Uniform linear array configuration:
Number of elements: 24
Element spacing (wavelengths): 0.25
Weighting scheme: exponential
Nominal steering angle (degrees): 30
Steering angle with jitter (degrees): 31.121
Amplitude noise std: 0.05
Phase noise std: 0.05

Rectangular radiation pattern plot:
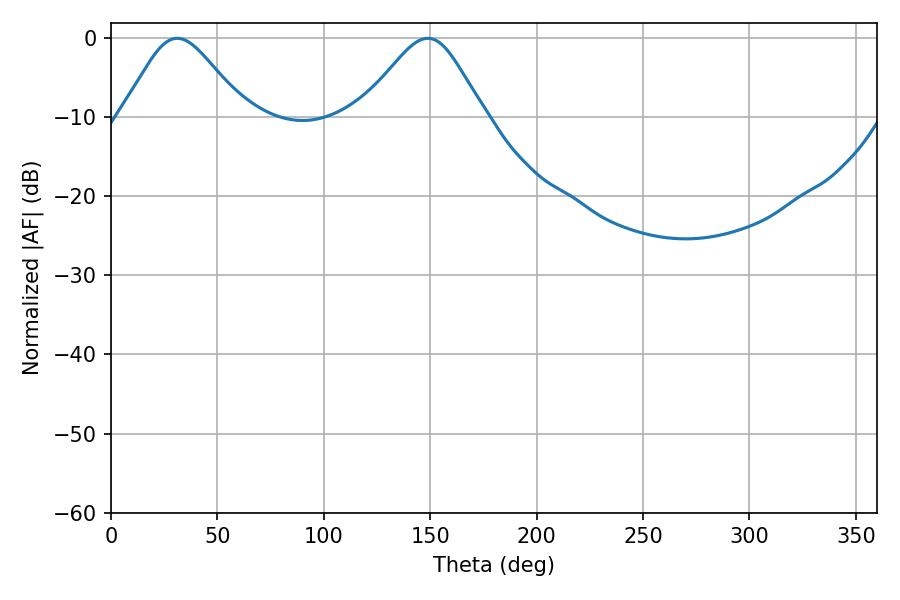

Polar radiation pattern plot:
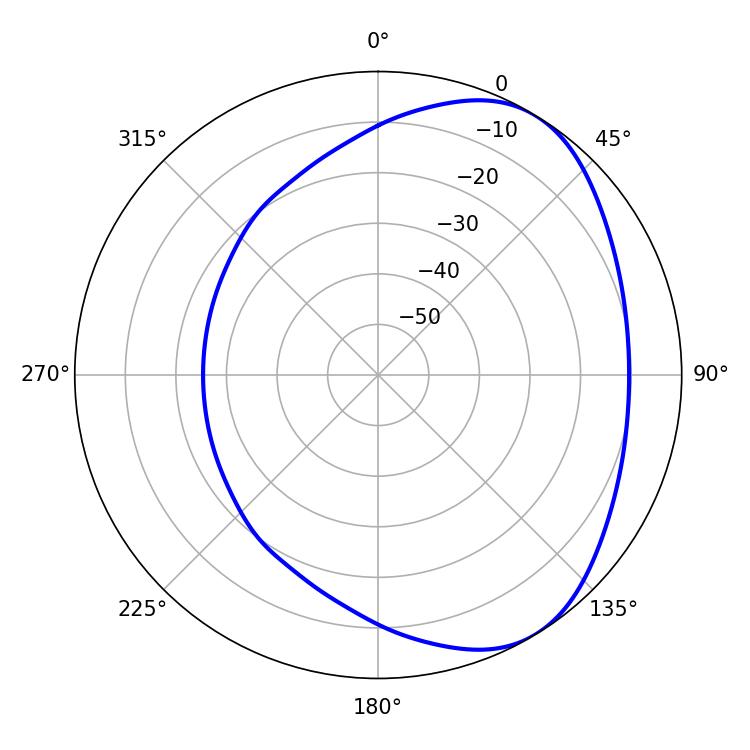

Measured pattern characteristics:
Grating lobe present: FALSE
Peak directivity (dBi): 4.72
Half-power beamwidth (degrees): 28.26
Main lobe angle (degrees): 31.14